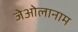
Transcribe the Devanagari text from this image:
जेओलानाम